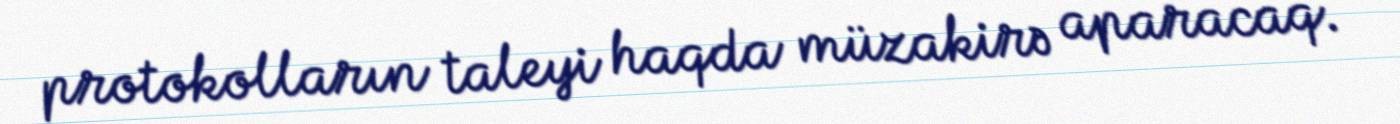
protokolların taleyi haqda müzakirə aparacaq.